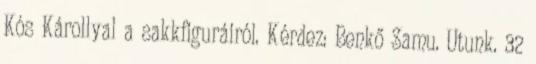
Kós Károllyal a sakkfiguráiról. Kérdez: Benkő Samu. Utunk. 32